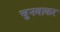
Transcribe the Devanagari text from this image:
चुनवाकर